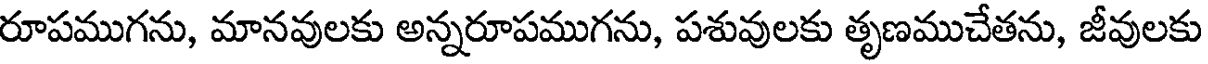
రూపముగను, మానవులకు అన్నరూపముగను, పశువులకు తృణముచేతను, జీవులకు